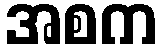
အစက